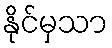
နိုင်မှသာ